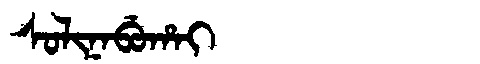
Manchu: ᠰᠣᠯᡳᠨᠠᠪᡠᡥᠠᡳ
Romanization: SOLINABUHAI